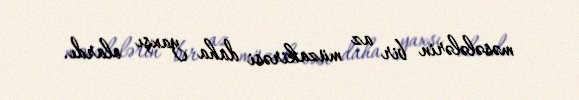
məsələlərin bir az müzakirəsi daha yaxşı olardı.